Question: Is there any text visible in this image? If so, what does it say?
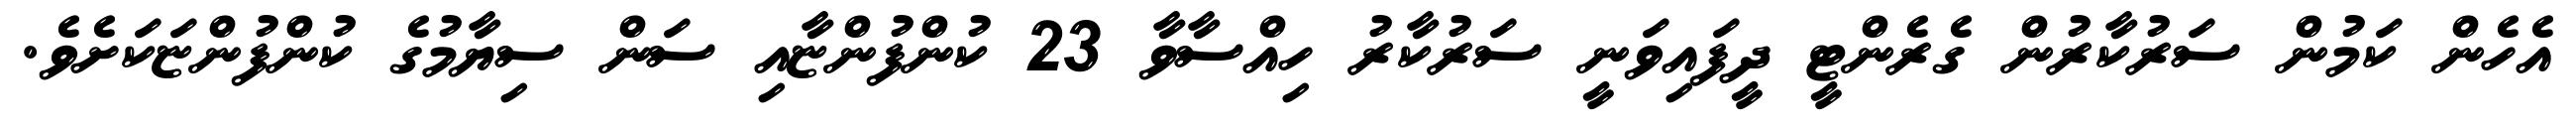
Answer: އެހެން ކަމުން ސަރުކާރުން ގެރެންޓީ ދީފައިވަނީ ސަރުކާރު ހިއްސާވާ 23 ކުންފުންޏާއި ސަން ސިޔާމުގެ ކުންފުންޏަކަށެވެ.